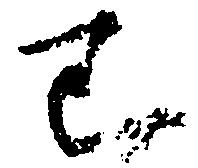
已